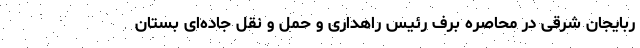
ربایجان شرقی در محاصره برف رئیس راهداری و حمل و نقل جاده‌ای بستان